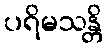
ပရိမသန္တိ